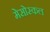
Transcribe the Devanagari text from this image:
मेसोस्कल